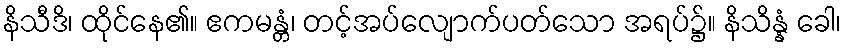
နိသီဒိ၊ ထိုင်နေ၏။ ဧကမန္တံ၊ တင့်အပ်လျောက်ပတ်သော အရပ်၌။ နိသိန္နံ ခေါ၊